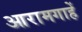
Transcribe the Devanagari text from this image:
आरामगाहें